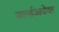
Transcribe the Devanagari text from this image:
वर्ल्डअवेयर